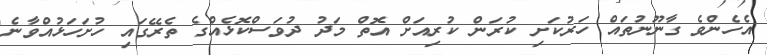
އެހެންވެ ގާނޫނުތައް ހަރުކަށި ކުރަން ކުރިއަށް އޮތް މަދު ދުވަސްކޮޅެއްގެ ތެރޭގައި ހުށަހަޅުއްވާނެ